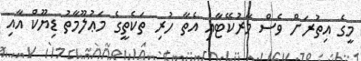
މީގެ އިތުރަށް ވެސް މާރުކޭޓާއި އެތާ ހުރި ތަކެތީގެ މަޢުލޫމާތު ޑިޔޫކް އާއި